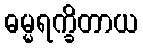
ဓမ္မရက္ခိတာယ